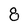
Character: 8